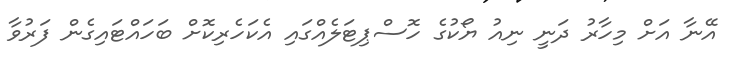
އޭނާ އަށް މިހާރު ދަނީ ނިއު ޔޯކުގެ ހޮސްޕިޓަލެއްގައި އެކަހެރިކޮށް ބަހައްޓައިގެން ފަރުވާ